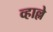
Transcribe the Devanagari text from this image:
व्हाल्ले